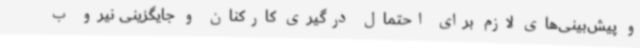
و پیش‌بینی‌های لازم برای احتمال درگیری کارکنان و جایگزینی‌ نیرو ب